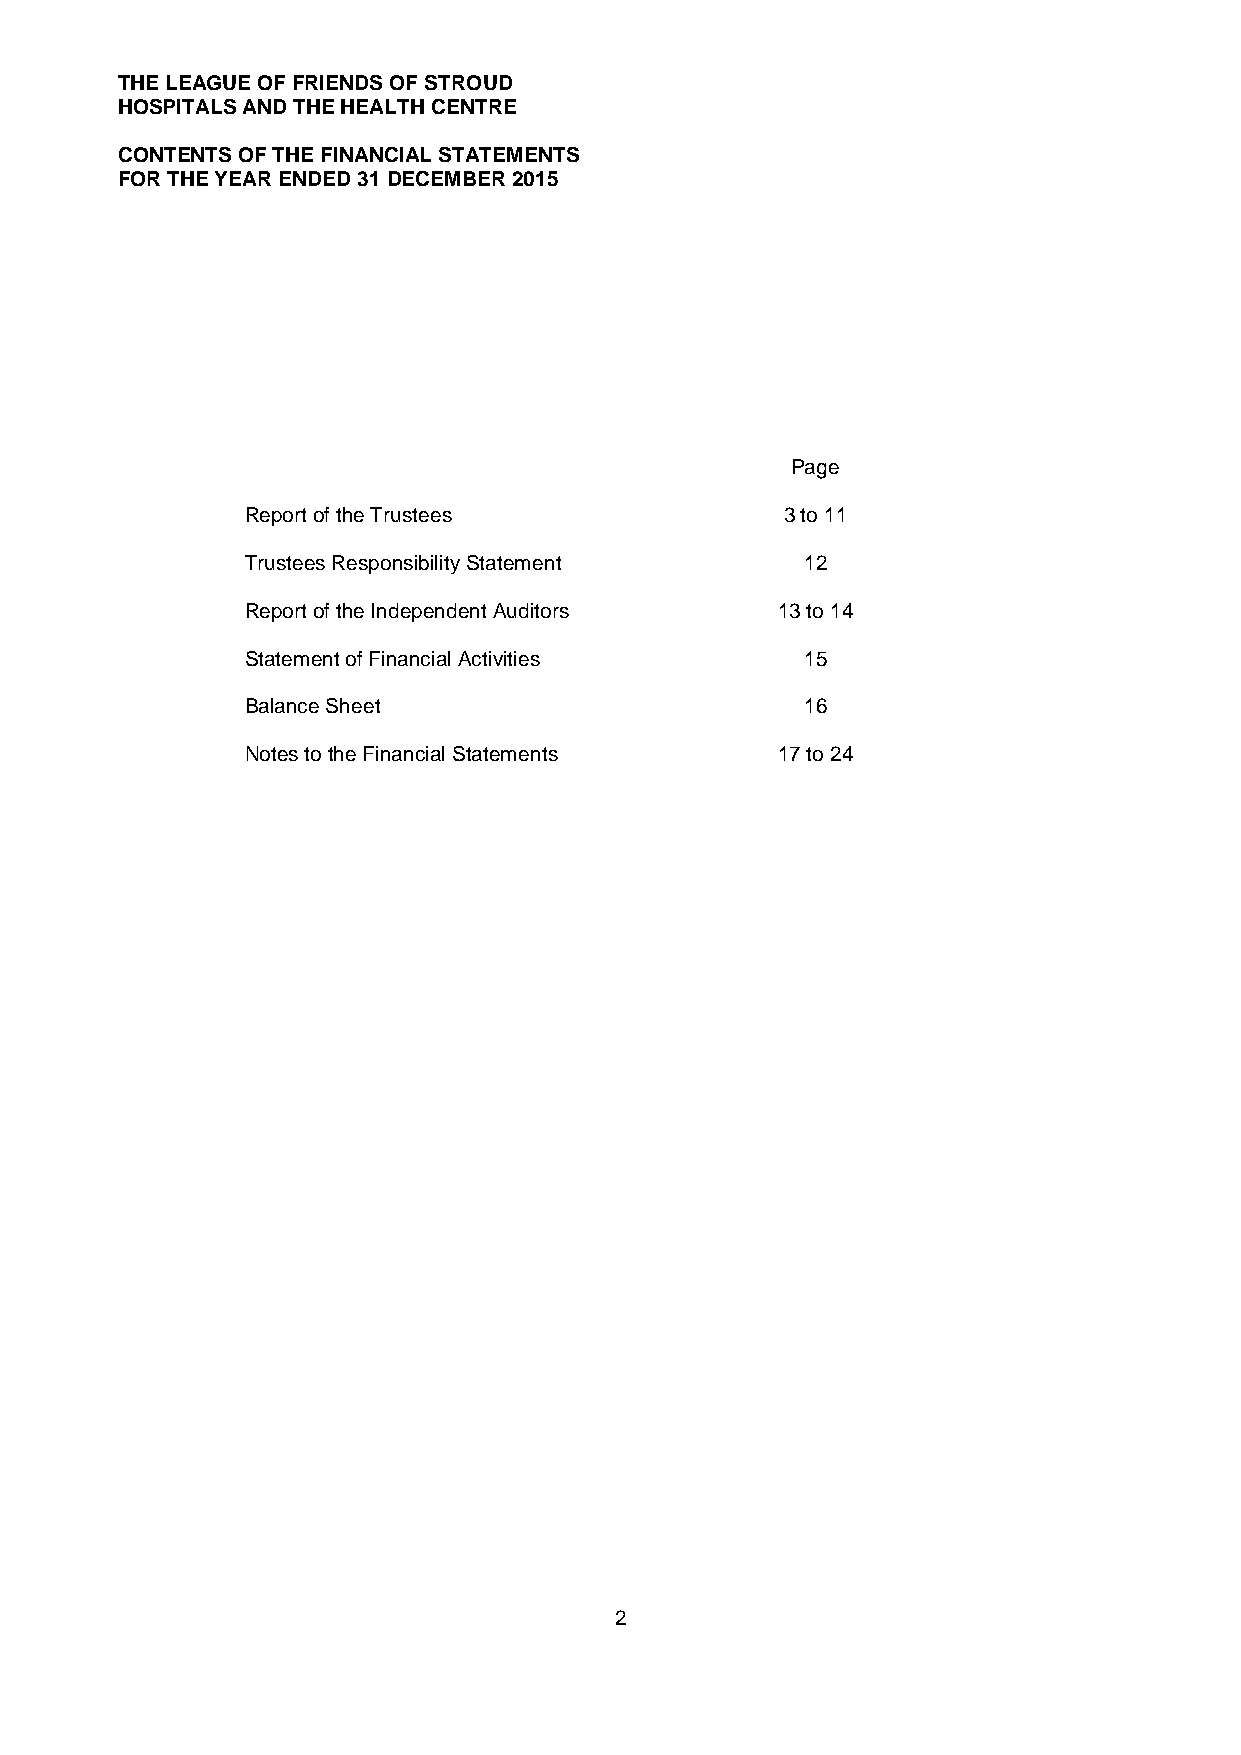
THE LEAGUE OF FRIENDS OF STROUD
 HOSPITALS AND THE HEALTH CENTRE
 CONTENTS OF THE FINANCIAL STATEMENTS
 FOR THE YEAR ENDED 31DECEMBER2015
 Page
 Report of the Trustees              3 to 11
 Trustees Responsibility Statement    12
 Report of the Independent Auditors 13 to 14
 Statement of Financial Activities    15
 Balance Sheet                        16
 Notes to the Financial Statements  17 to 24
 2